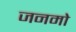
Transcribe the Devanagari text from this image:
जनमो